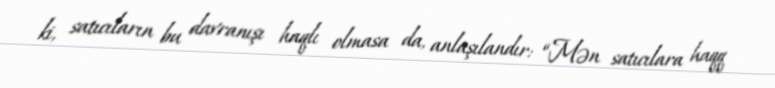
ki, satıcıların bu davranışı haqlı olmasa da, anlaşılandır: “Mən satıcılara haqq